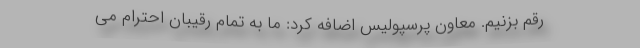
رقم بزنیم. معاون پرسپولیس اضافه کرد: ما به تمام رقیبان احترام می